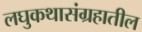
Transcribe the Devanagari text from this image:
लघुकथासंग्रहातील